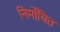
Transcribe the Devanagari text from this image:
निर्मोचित